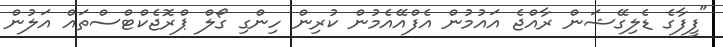
"ފީފާގެ ޑެލިގޭޝަން ރާއްޖެ އައުމުން އެފްއޭއެމުން ކުރިން ހިންގި ގޯލް ޕްރޮޖެކްޓްސްތައް އަލުން